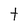
Character: t